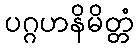
ပဂ္ဂဟနိမိတ္တံ